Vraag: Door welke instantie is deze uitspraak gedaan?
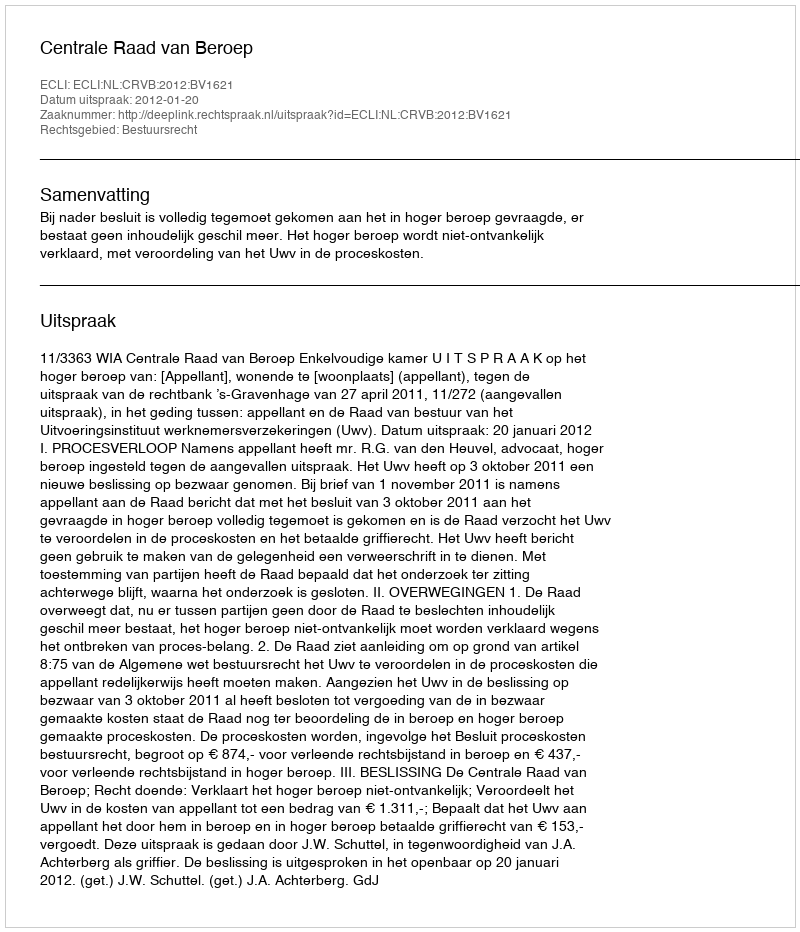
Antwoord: Centrale Raad van Beroep